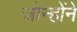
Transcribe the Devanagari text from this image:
जोन्होंने